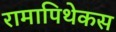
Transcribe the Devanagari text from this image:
रामापिथेकस